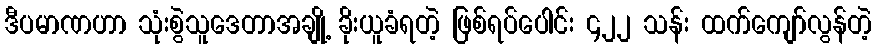
ဒီပမာဏဟာ သုံးစွဲသူဒေတာအချို့ ခိုးယူခံရတဲ့ ဖြစ်ရပ်ပေါင်း ၄၂၂ သန်း ထက်ကျော်လွန်တဲ့